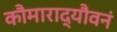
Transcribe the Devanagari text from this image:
कौमाराद्यौवनं